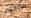
الفريزر